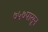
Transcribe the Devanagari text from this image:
७५७पासून